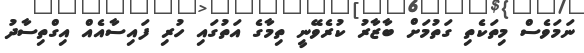
ނަމަވެސް މިތަކެތި ގަތުމަށް ބާޒާރު ކުރެވޭނީ ތިމާގެ އަތުގައި ހުރި ފައިސާއެއް އިގްތިސާދު